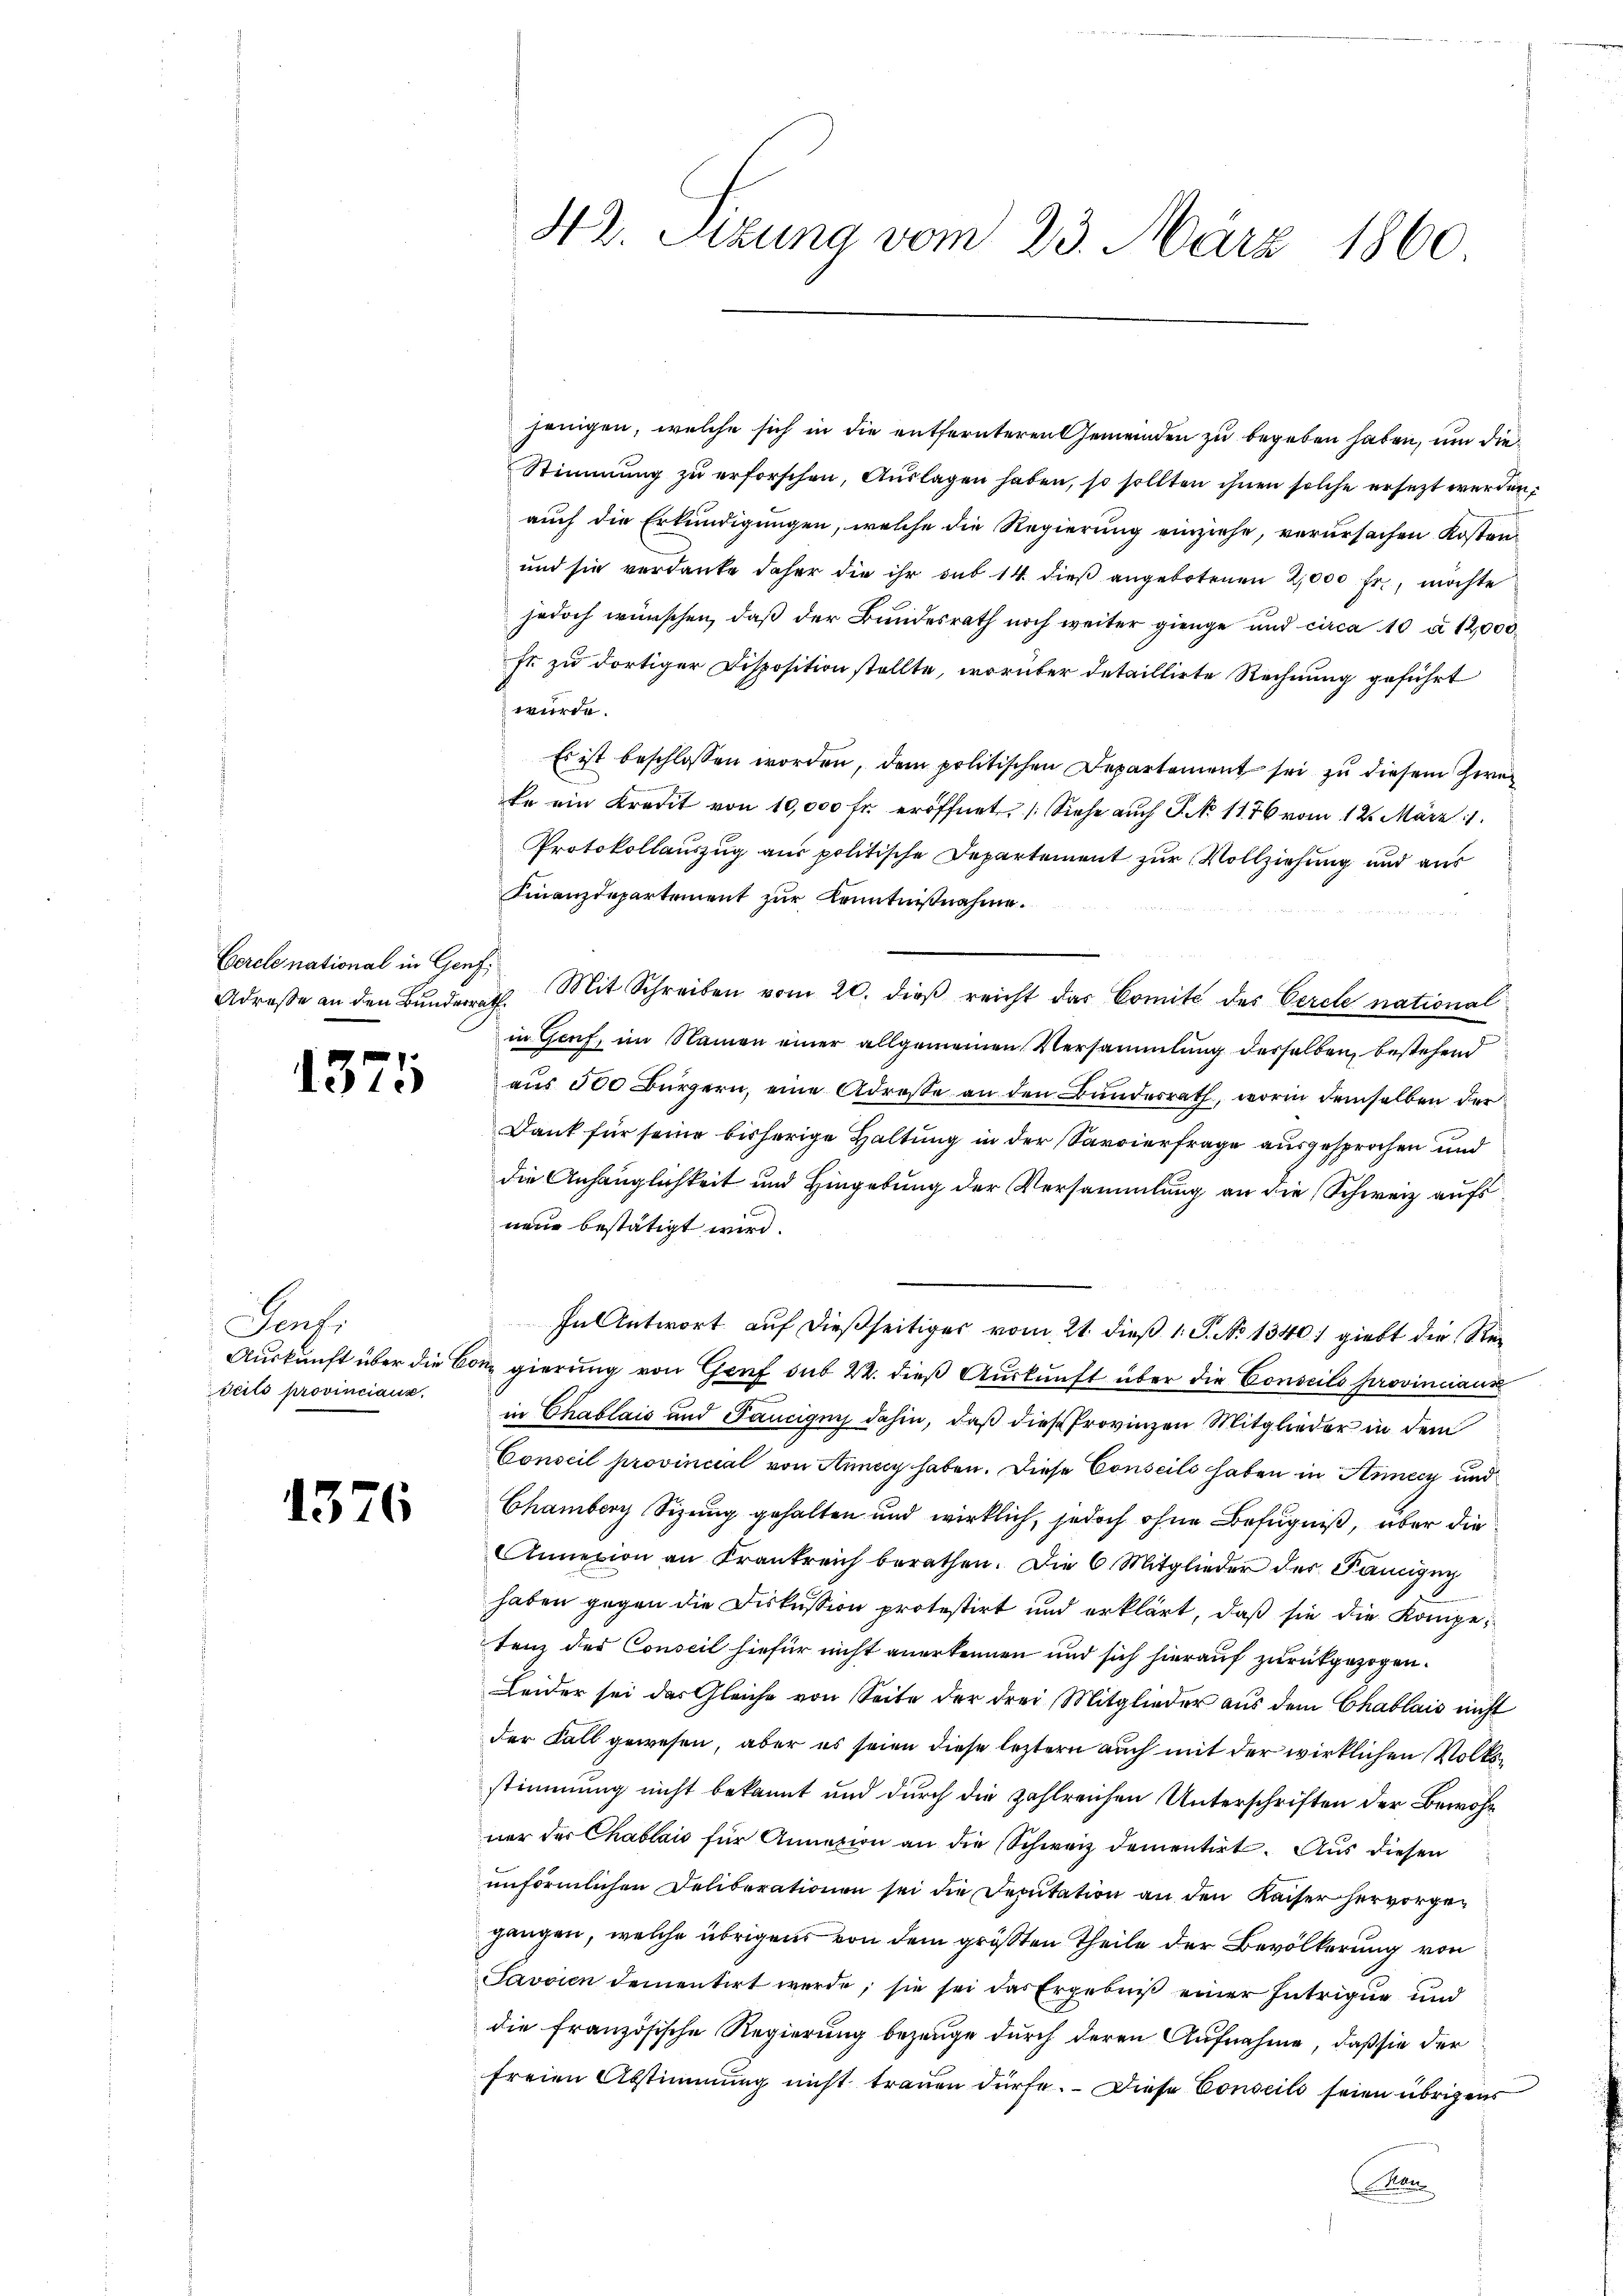
Cercle national in Genf,

1375

Lauf.
Teils provinciars.

1376

42. Setzung vom 23. März 1860

jenigen, welche sich in die entfernteren Gemeinden zu begeben haben, um die
Stimmung zu erforschen, Auslagen haben, so sollten ihnen solche ersezt werden,
auch die Erkundigungen, welche die Regierung einziehe, verursachen Kosten¬
und sie verdanke daher die ihr sub 14. dieβ angebotenen 2,000 fr., möchte
jedoch wünschen, daß der Bundesrath noch weiter gienge und circa 10 à 12,000
fr zu dortiger Disposition stellte, worüber detaillirte Rechnung geführt
würde.
Es ist beschlossen worden, dem politischen Departement sei zu diesem Zwei
te ein Kredit von 10,000 fr. eröffnet. (Siehe auch P. No 1176 vom 12. März 1
Protokollauszug aus politische Departement zur Vollziehung und aus
Finanzdepartement zur Kenntnißnahme.
Adresse an den Bunderrath. Mit Schreiben vom 20. dieß reicht das Comité des Cercle national
in Genf, im Namen einer allgemeinen Versammlung derselben, bestehend
aus 500 Bürgern, eine Adresse an den Bundesrath, worin demselben der
Dank für seine bisherige Haltung in der Savoierfrage ausgesprochen und
die Anhänglichkeit und Hingebung der Versammlung an die Schweiz aufs
neue bestätigt wird.
In Antwort auf dießseitiges vom 21. dieß 1 S. No 1340) giebt die Re¬
Auskunft über die Bonn gierung von Genf sub 22. dies Auskunft über die Conseils provinciaus
in Chablais und Pancignis dahin, daß diese Provinzen Mitglieder in dem
Conseil provincial von Anny haben. Diese Conseils haben in Anney und
Chamberg Sizung gehalten und wirklich, jedoch ohne Befugniß, über die
Annexion an Frankreich berathen. Die 6 Mitglieder der Famigny
haben gegen die Diskussion protestirt und erklärt, daß sie die Kompetenz des Conseil hiefür nicht anerkennen und sich hierauf zurückgezogen.
Leider sei das Gleiche von Seite der drei Mitglieder aus dem Chablais nicht
der Fall gewesen, aber es seien diese leztern auch mit der wirklichen Volksstimmung nicht bekannt und durch die zahlreichen Unterschriften der Bewohn
ner der Chablais für Annexion an die Schweiz dementirt. Aus diesen
unförmlichen Deliberationen sei die Deputation an den Kaiser hervorgegangen, welche übrigens von dem größten Theile der Bevölkerung von
Javvien dementirt werde; sie sei das Ergebniß einer Intrigue und
die französische Regierung bezeuge durch deren Aufnahme, daß sie der
freien Abstimmung nicht trauen dürfe. Diese Conseils seien übrigens
Man